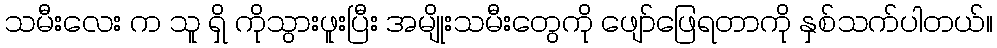
သမီးလေး က သူ ရှိ ကိုသွားဖူးပြီး အမျိုးသမီးတွေကို ဖျော်ဖြေရတာကို နှစ်သက်ပါတယ်။